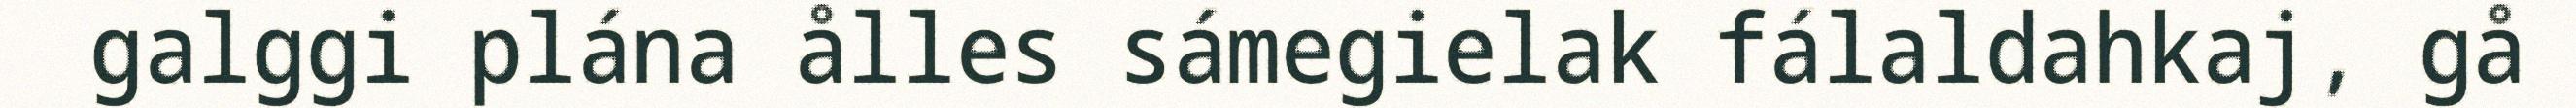
galggi plána ålles sámegielak fálaldahkaj, gå